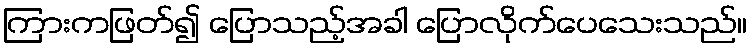
ကြားကဖြတ်၍ ပြောသည့်အခါ ပြောလိုက်ပေသေးသည်။